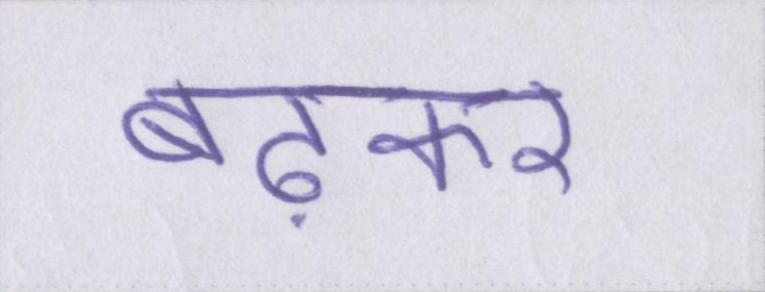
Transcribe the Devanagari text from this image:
बढ़कर